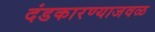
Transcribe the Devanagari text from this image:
दंडकारण्याजवळ